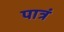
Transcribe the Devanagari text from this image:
पात्रं